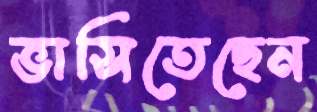
ভাসিতেছেন